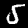
Label: 5